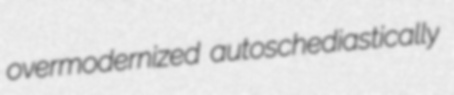
overmodernized autoschediastically